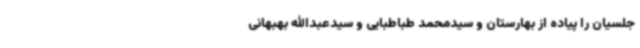
جلسیان را پیاده از بهارستان و سیدمحمد طباطبایی و سیدعبدالله بهبهانی